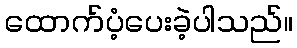
ထောက်ပံ့ပေးခဲ့ပါသည်။